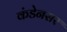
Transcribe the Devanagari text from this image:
कंडेनसर